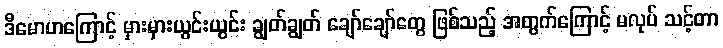
ဒီမောဟကြောင့် မှားမှားယွင်းယွင်း ချွတ်ချွတ် ချော်ချော်တွေ ဖြစ်သည့် အတွက်ကြောင့် မလုပ် သင့်တာ